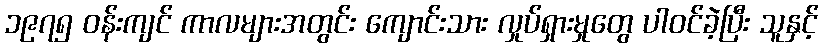
၁၉၇၅ ဝန်းကျင် ကာလများအတွင်း ကျောင်းသား လှုပ်ရှားမှုတွေ ပါဝင်ခဲ့ပြီး သူနှင့်